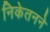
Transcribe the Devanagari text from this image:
निकेतनने